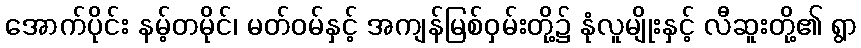
အောက်ပိုင်း နမ့်တမိုင်၊ မတ်ဝမ်နှင့် အကျန်မြစ်ဝှမ်းတို့၌ နုံလူမျိုးနှင့် လီဆူးတို့၏ ရွာ